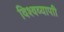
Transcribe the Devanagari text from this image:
विश्वव्यापाी